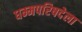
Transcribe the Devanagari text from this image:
धम्मपरिषदेला